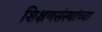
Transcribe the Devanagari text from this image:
शिक्षणसंस्थांच्या